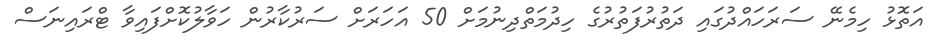
އަތޮޅު ހިމެނޭ ސަރަހައްދުގައި ދަތުރުފަތުރުގެ ހިދުމަތްދިނުމަށް 50 އަހަރަށް ސަރުކާރުން ހަވާލުކޮށްފައިވާ ޓްރައިނަސް